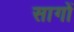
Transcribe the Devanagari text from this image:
सागों